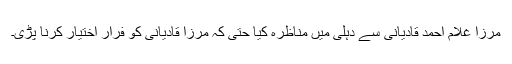
مرزا غلام احمد قادیانی سے دہلی میں مناظرہ کیا حتیٰ کہ مرزا قادیانی کو فرار اختیار کرنا پڑی۔